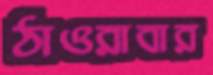
ঠাওরাবার